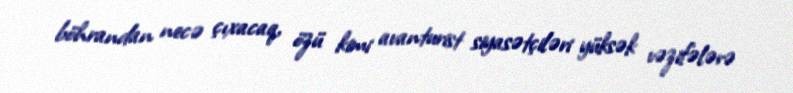
böhrandan necə çıxacaq, özü kimi avanturist siyasətçiləri yüksək vəzifələrə